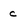
Character: c